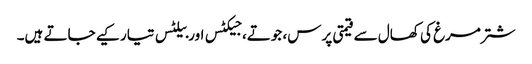
شتر مرغ کی کھال سے قیمتی پرس، جوتے، جیکٹس اور بیلٹس تیار کیے جاتے ہیں۔